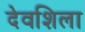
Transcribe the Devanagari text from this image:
देवशिला